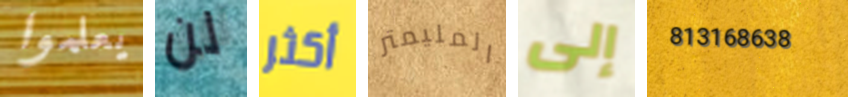
يعلموا لن أكثر المليمتر إلى 813168638